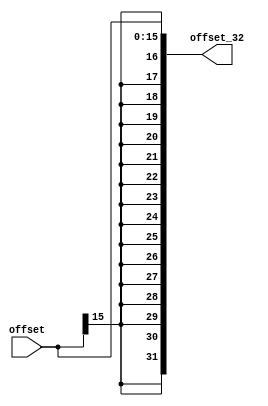
`timescale 1ns / 1ps
//////////////////////////////////////////////////////////////////////////////////
// Company: 
// Engineer: 
// 
// Design Name: 
// Module Name:    SIGN_EXTENDER 
// Project Name: 
// Target Devices: 
// Tool versions: 
// Description: 
//
// Dependencies: 
//
// Revision: 
// Revision 0.01 - File Created
// Additional Comments: 
//
//////////////////////////////////////////////////////////////////////////////////
module Sign_Extender(offset,offset_32);
input [15:0] offset;
output reg [31:0] offset_32;
always@(*)
begin
offset_32[31:0]={{16{offset[15]}},offset[15:0]};
end
endmodule